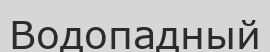
Водопадный